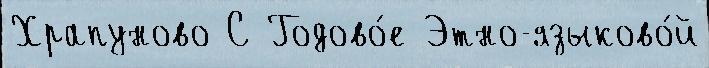
Храпуново С Годово́е Этно-языково́й